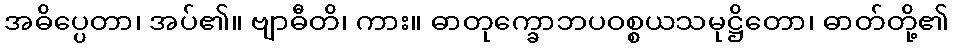
အဓိပ္ပေတာ၊ အပ်၏။ ဗျာဓီတိ၊ ကား။ ဓာတုက္ခောဘပဝစ္စယသမုဋ္ဌိတော၊ ဓာတ်တို့၏